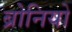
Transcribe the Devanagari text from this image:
ब्रोनियो